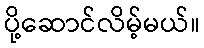
ပို့ဆောင်လိမ့်မယ်။